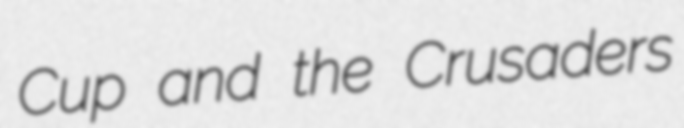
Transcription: Cup and the Crusaders